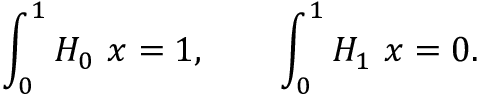
\int _ { 0 } ^ { 1 } H _ { 0 } \ \d x = 1 , \qquad \int _ { 0 } ^ { 1 } H _ { 1 } \ \d x = 0 .